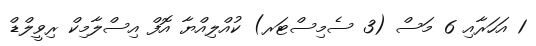
1 އަހަރާއި 6 މަސް (3 ސެމިސްޓަރ) ކުއްލިއްޔާ އޮފް އިސްލާމިކް ރިވީލްޑް